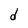
Character: d